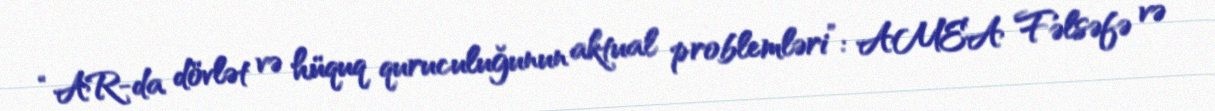
“AR-da dövlət və hüquq quruculuğunun aktual problemləri”: AMEA Fəlsəfə və